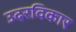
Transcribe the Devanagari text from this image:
उदरविकार